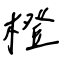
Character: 橙